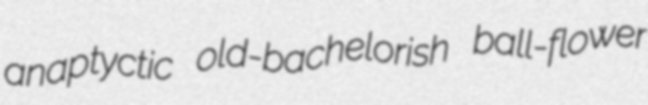
anaptyctic old-bachelorish ball-flower